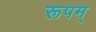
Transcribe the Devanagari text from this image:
रूपम्‌